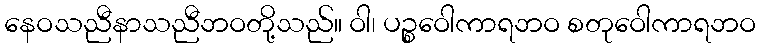
နေဝသညီနာသညီဘဝတို့သည်။ ဝါ၊ ပဉ္စဝေါကာရဘဝ စတုဝေါကာရဘဝ